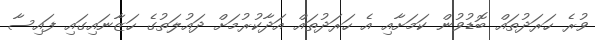
ވުރެ ހަރަދުތައް ބޮޑުވުން ކަމަށާއި އެ ހަރަދުތައް އަދާކުރުމަށް ދައުލަތުގެ ހަޒާނައިގައި ފައިސާ